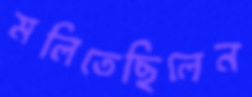
মলিতেছিলেন